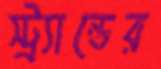
স্ট্র্যান্ডের